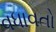
વધાવતો